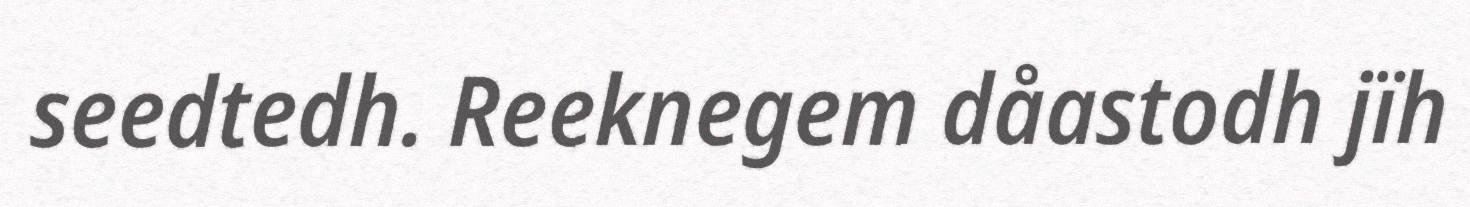
seedtedh. Reeknegem dåastodh jïh